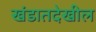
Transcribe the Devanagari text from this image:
खंडातदेखील